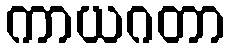
ကာယဂတာ